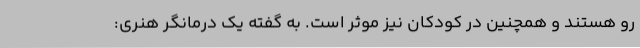
رو هستند و همچنین در کودکان نیز موثر است. به گفته یک درمانگر هنری: